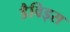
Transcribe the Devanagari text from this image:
डैविड्स